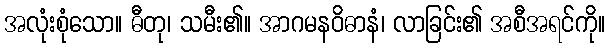
အလုံးစုံသော။ ဓီတု၊ သမီး၏။ အာဂမနဝိဓာနံ၊ လာခြင်း၏ အစီအရင်ကို။